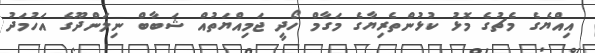
އިއްޔެގެ މެޗުގެ މޮޅު ކުޅުންތެރިޔާގެ މަގާމް ހޯދީ ޖަމިއްޔަތުއް ޝަބާބް ނިލަންދޫގެ އަހުމަދު